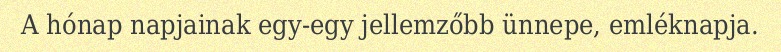
A hónap napjainak egy-egy jellemzőbb ünnepe, emléknapja.